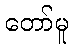
တော်မူ